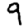
Digit: 9